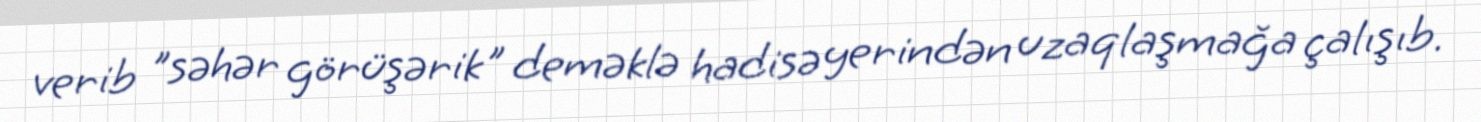
verib "səhər görüşərik" deməklə hadisə yerindən uzaqlaşmağa çalışıb.